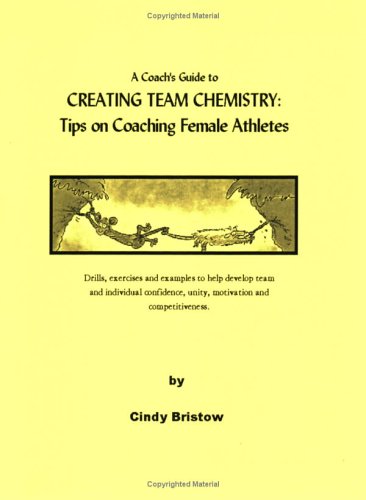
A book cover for A coach's guide to creating team chemistry: Tips on coaching female athletes; Cindy Bristow; Sports & Outdoors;